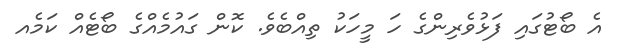
އެ ބޯޓުގައި ފަޅުވެރިންގެ ހަ މީހަކު ތިއްބެވެ. ކޮން ގައުމެއްގެ ބޯޓެއް ކަމެއ